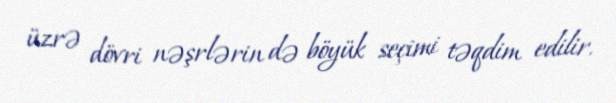
üzrə dövri nəşrlərin də böyük seçimi təqdim edilir.